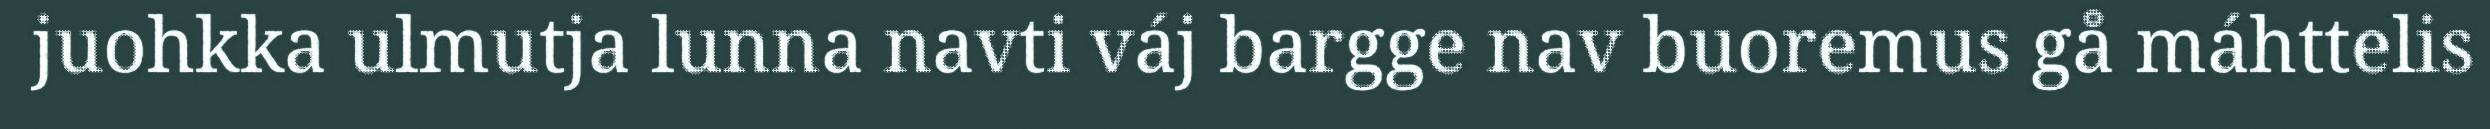
juohkka ulmutja lunna navti váj bargge nav buoremus gå máhttelis